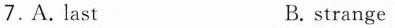
7.A. Last B. strange